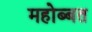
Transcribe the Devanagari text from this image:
महोब्बत